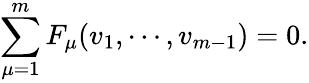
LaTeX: \sum_{\mu=1}^{m}F_{\mu}(v_{1},\cdots,v_{m-1})=0.